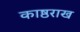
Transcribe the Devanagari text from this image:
काष्ठराख